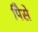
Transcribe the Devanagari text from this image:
पैिसे